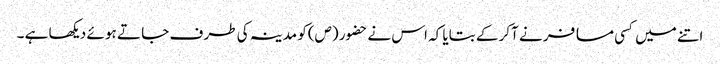
اتنے میں کسی مسا فر نے آکر کے بتایا کہ اس نے حضور (ص)کو مدینہ کی طر ف جا تے ہو ئے دیکھا ہے ۔